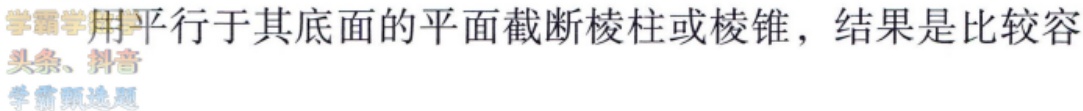
用平行于其底面的平面截断棱柱或棱锥，结果是比较容